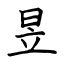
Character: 昱